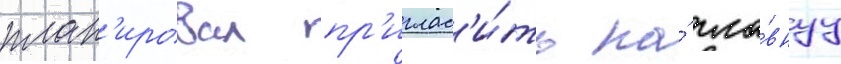
план'ировал пр'иглас'и́ть на́ гла́внуу